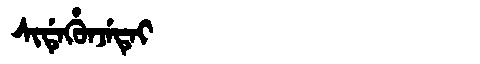
Manchu: ᠰᡳᡩᡝᡥᡠᠨᠵᡝᡨᡝᡳ
Romanization: SIDEHUNJETEI